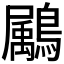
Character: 𪅱